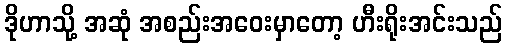
ဒိုဟာသို့ အဆုံ အစည်းအဝေးမှာတော့ ဟီးရိုးအင်းသည်